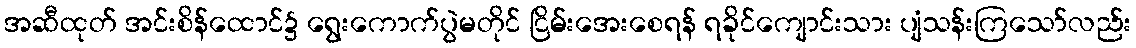
အဆီထုတ် အင်းစိန်ထောင်၌ ရွေးကောက်ပွဲမတိုင် ငြိမ်းအေးစေရန် ရခိုင်ကျောင်းသား ပျံသန်းကြသော်လည်း